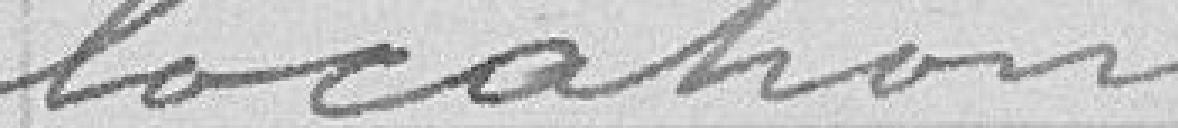
location